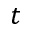
t